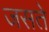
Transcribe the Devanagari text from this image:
जसते